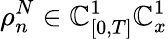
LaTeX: \rho_{n}^{N}\in\mathbb{C}_{[0,T]}^{1}\mathbb{C}_{x}^{1}